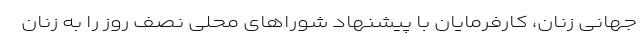
جهانی زنان، کارفرمایان با پیشنهاد شوراهای محلی نصف روز را به زنان